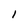
Character: l